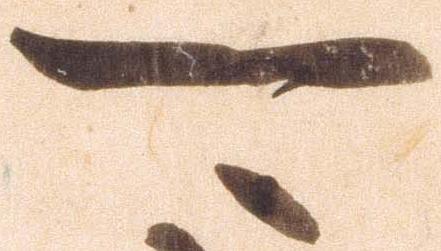
可